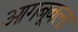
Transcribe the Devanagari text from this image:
आगबूबला